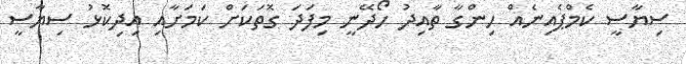
ސިޔާސީ ކެމްޕެއިނެއް ހިންގާ ތާއިދު ހޯދޭނީ މިފަދަ ގޮތަކަށް ކަމަށާއި އިދިކޮޅު ސިޔާސީ